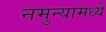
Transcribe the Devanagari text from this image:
नमुन्यामध्ये